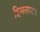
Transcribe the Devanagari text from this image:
हिमलाट३